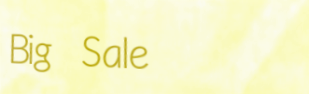
Big Sale